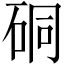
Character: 硐